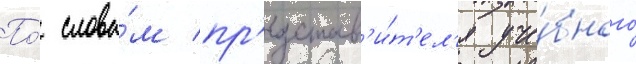
По́ слова́м пр'едстав'и́т'ел'я уче́бного